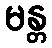
မန္တ